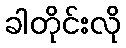
ခါတိုင်းလို